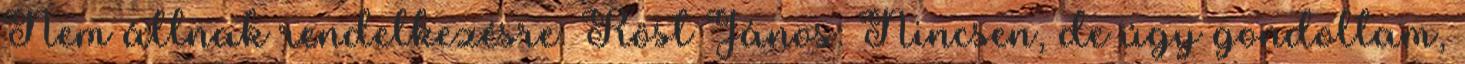
Nem állnak rendelkezésre. Röst János: Nincsen, de úgy gondoltam,